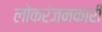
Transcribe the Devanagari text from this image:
लोकरंजनकारी